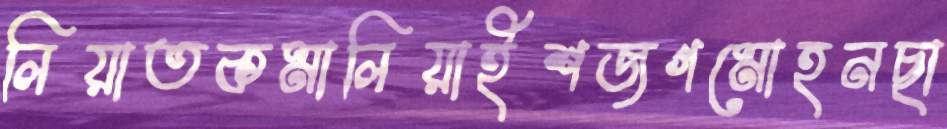
লিয়াতকমালিয়াইশজগমোহনছা